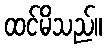
ထင်မိသည်။